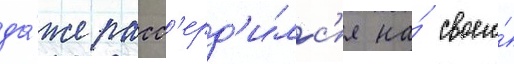
да́же расс'ерд'и́лс'я на́ своего́